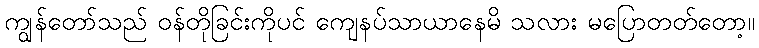
ကျွန်တော်သည် ဝန်တိုခြင်းကိုပင် ကျေနပ်သာယာနေမိ သလား မပြောတတ်တော့။